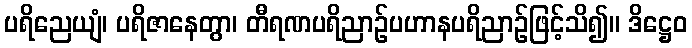
ပရိညေယျံ၊ ပရိဇာနေတွာ၊ တီရဏပရိညာဉ်ပဟာနပရိညာဉ်ဖြင့်သိ၍။ ဒိဋ္ဌေဝ